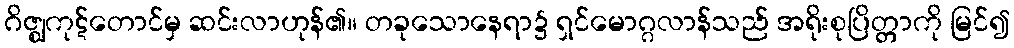
ဂိဇ္ဈကုဋ်တောင်မှ ဆင်းလာဟုန်၏။ တခုသောနေရာ၌ ရှင်မောဂ္ဂလာန်သည် အရိုးစုပြိတ္တာကို မြင်၍